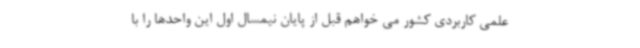
علمی کاربردی کشور می خواهم قبل از پایان نیمسال اول این واحدها را با